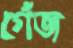
গেঁজ